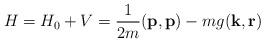
LaTeX: \begin{align*}H=H_0+V=\frac{1}{2m}(\mathbf p,\mathbf p)-mg(\mathbf k,\mathbf r)\end{align*}